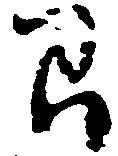
間